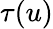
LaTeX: \tau(u)